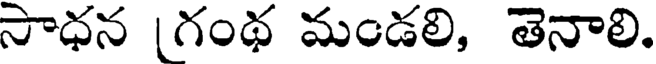
సాధన |గంథ మండలి, తెనాలి.